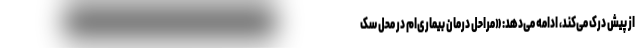
از پیش درک می‌کند، ادامه می‌دهد: «مراحل درمان بیماری‌ام در محل سک